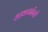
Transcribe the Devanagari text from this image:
हख़ामनियों